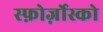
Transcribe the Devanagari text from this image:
स्फ़ोर्ज़ोस्को